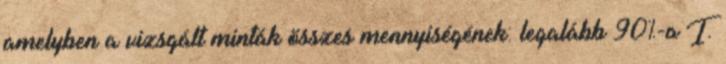
amelyben a vizsgált minták összes mennyiségének: legalább 90%-a I.